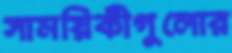
সাময়িকীগুলোর